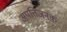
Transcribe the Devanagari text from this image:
अपत्तिजनक